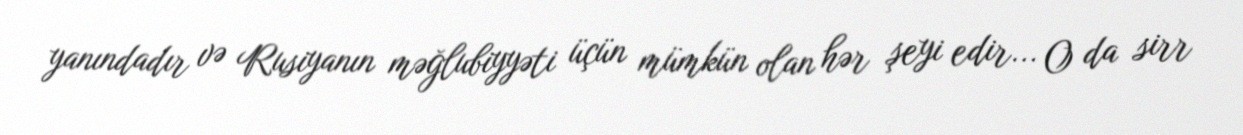
yanındadır və Rusiyanın məğlubiyyəti üçün mümkün olan hər şeyi edir... O da sirr